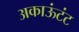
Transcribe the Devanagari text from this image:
अकाऊंटंट